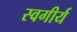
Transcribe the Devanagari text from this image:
स्वगीर्य